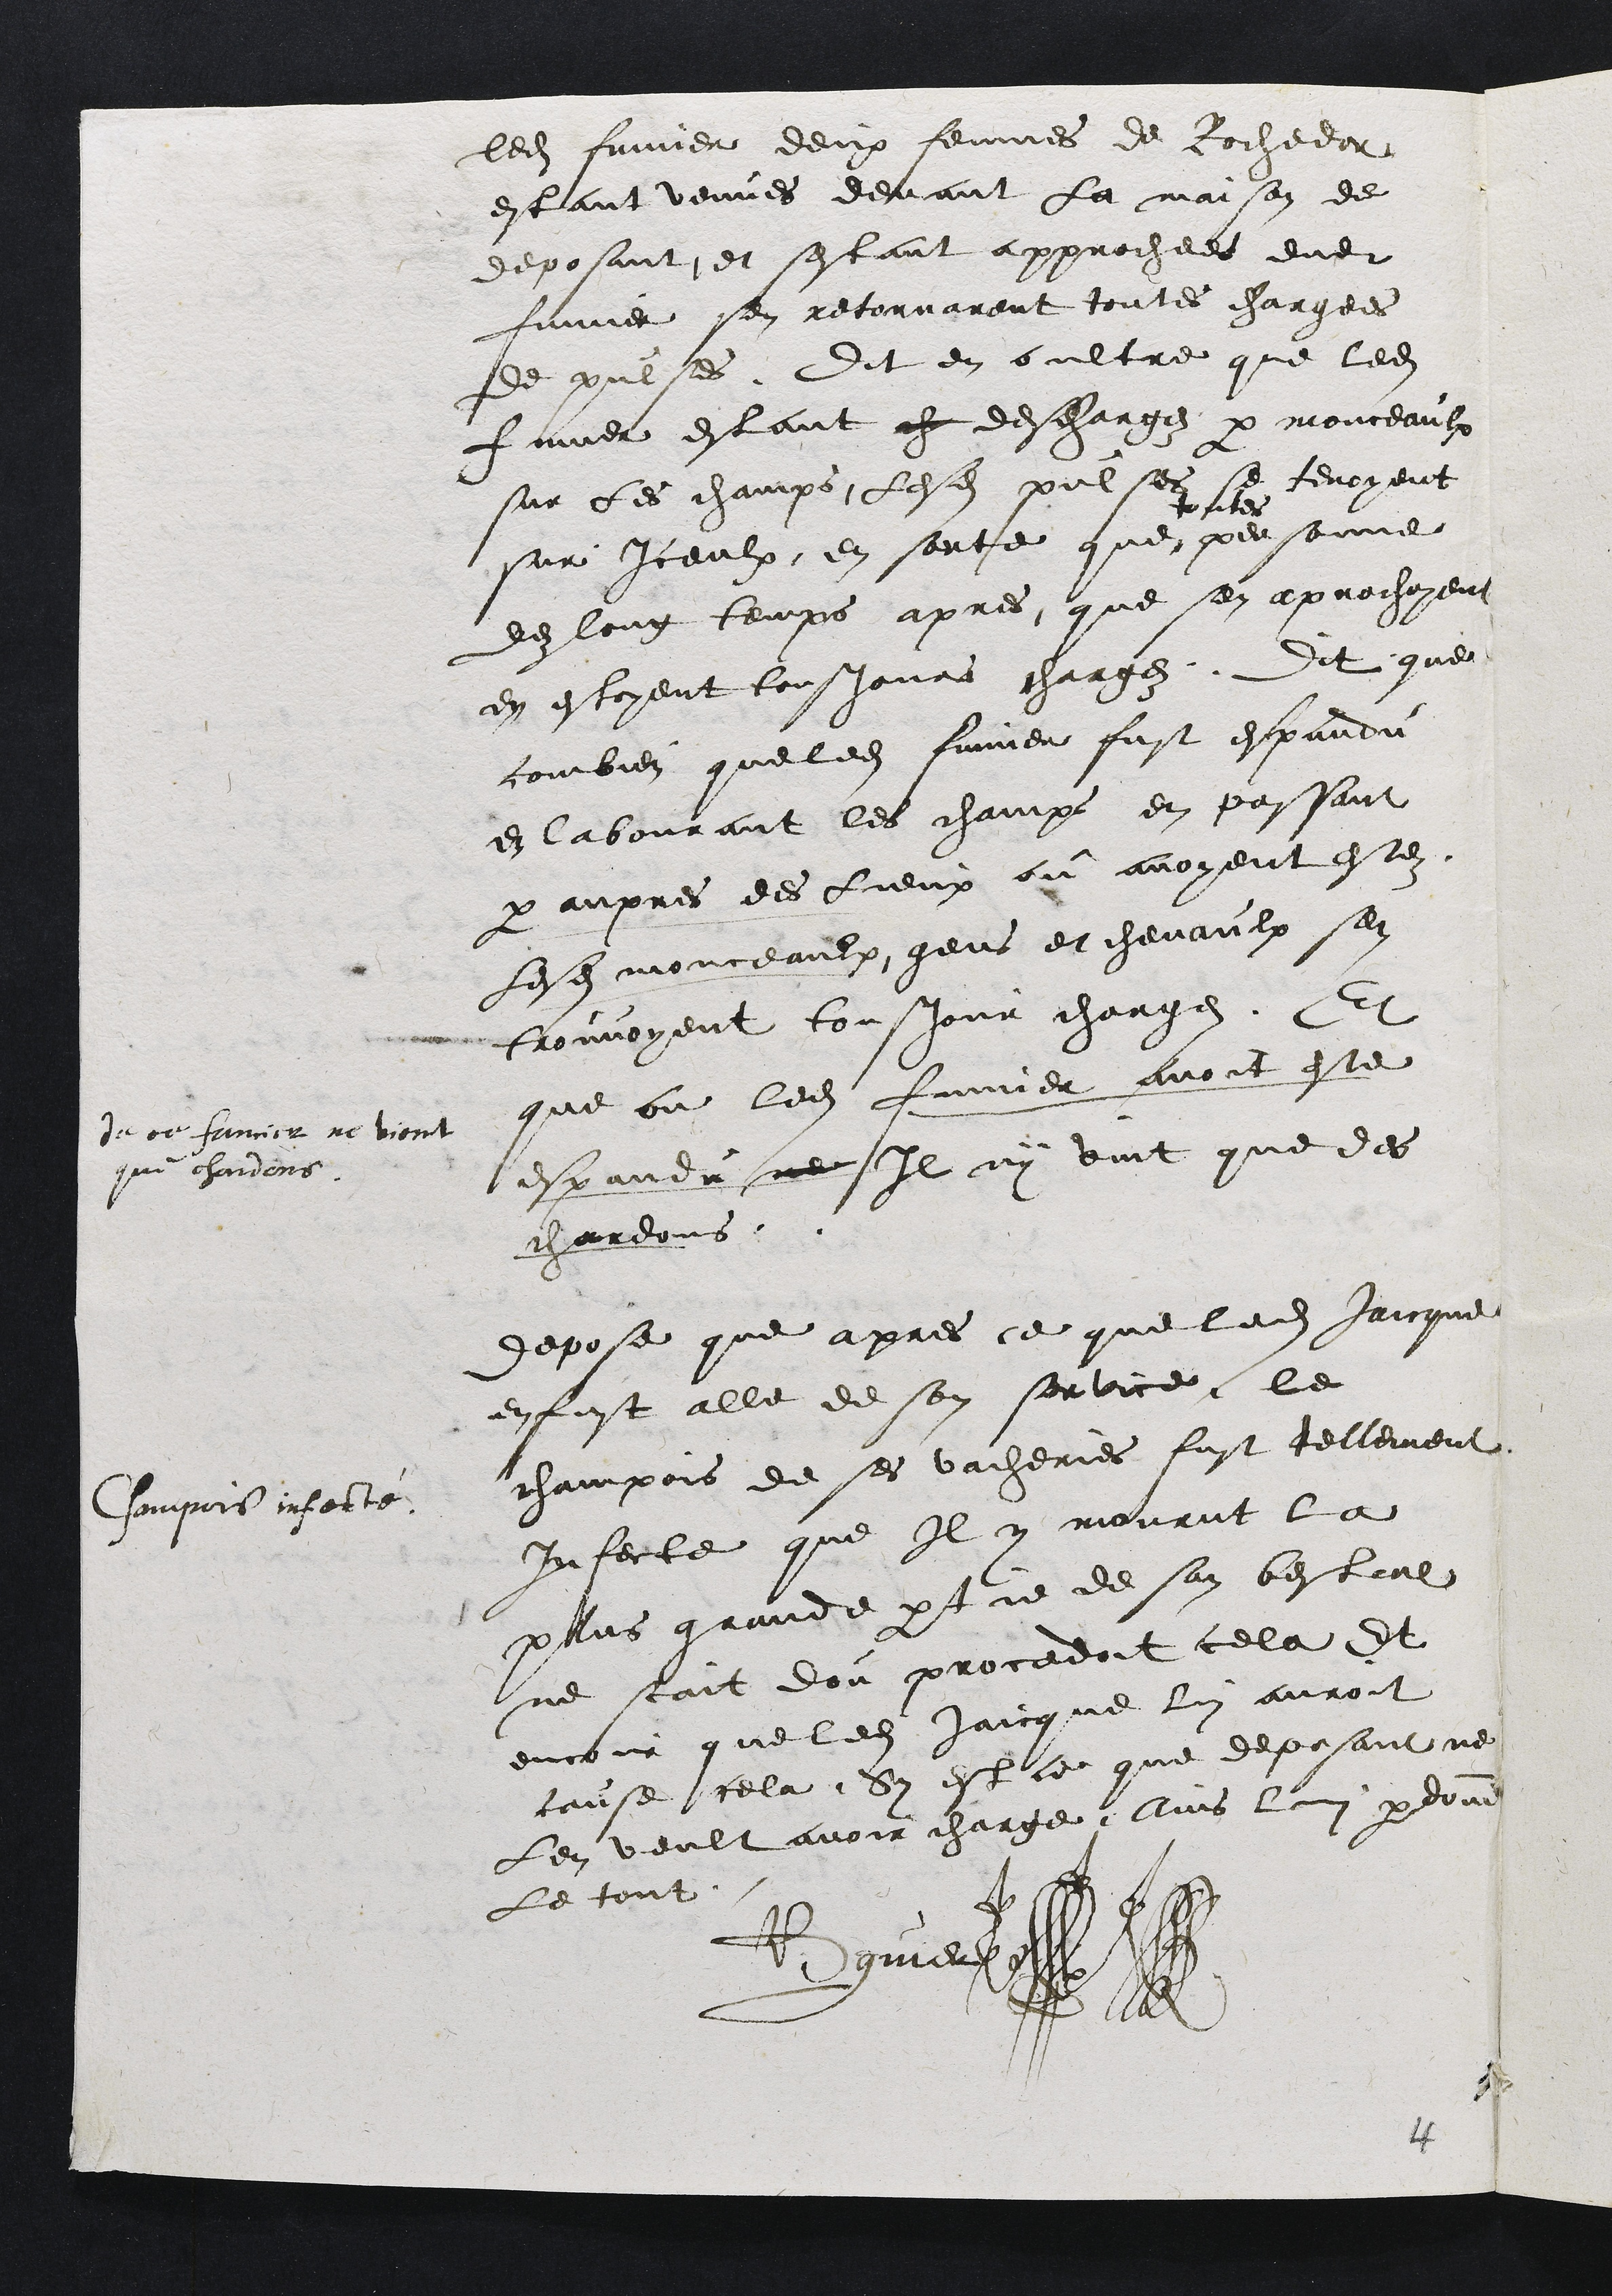
ledit fumier deux femmes de Rochedor
estant venues devant la maison de
deposant et sestant approchees dudit
fumier sen retornarant toutes chargees
de pulses. Dit en oultre que ledit
fumier estant ch deschargez par monceaulx
sur les champs lesdites pulses se tenoyent
sur Iceulx en sorte que
toutes
personne
dez long temps apres que sen aprochoyent
en estoyent tousjours chargez. Dit que
combien que ledit fumier fust espandu
en labourant les champs en passant
par aupres des lieux ou avoyent estez
lesdits monceaulx, gens et chevaulx sen
trouvoyent tousjour chargez Et
que ou ledit fumier avoit este
espandu ne Il ny vint que des
que chardons
de ce fumier ne vient
chardons.
Depose que apres ce que ledit Jaicque
en fust alle de son service le
champois de ses vacheries fust tellement
Infecte que Il y mourut la
plus grande partie de son bestial
Champois infecté
ne scait dou procedoit cela Et
encour que ledit Jaicque lui auroit
cause cela Sy est ce que deposant ne
Len veult avoir charge Ains lui pardonne
Le tout
B guier

4